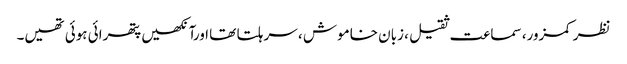
نظر کمزور، سماعت ثقیل ، زبان خاموش ، سر ہلتا تھا اورآنکھیں پتھرائی ہوئی تھیں۔